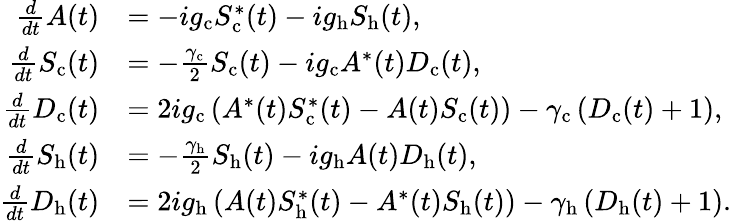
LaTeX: \begin{array}{rl}{\frac{d}{dt}A(t)}&{=-ig_{\mathrm{c}}S_{\mathrm{c}}^{*}(t)-ig_{\mathrm{h}}S_{\mathrm{h}}(t),}\\ {\frac{d}{dt}S_{\mathrm{c}}(t)}&{=-\frac{\gamma_{\mathrm{c}}}{2}S_{\mathrm{c}}(t)-ig_{\mathrm{c}}A^{*}(t)D_{\mathrm{c}}(t),}\\ {\frac{d}{dt}D_{\mathrm{c}}(t)}&{=2ig_{\mathrm{c}}\left(A^{*}(t)S_{\mathrm{c}}^{*}(t)-A(t)S_{\mathrm{c}}(t)\right)-\gamma_{\mathrm{c}}\left(D_{\mathrm{c}}(t)+1\right),}\\ {\frac{d}{dt}S_{\mathrm{h}}(t)}&{=-\frac{\gamma_{\mathrm{h}}}{2}S_{\mathrm{h}}(t)-ig_{\mathrm{h}}A(t)D_{\mathrm{h}}(t),}\\ {\frac{d}{dt}D_{\mathrm{h}}(t)}&{=2ig_{\mathrm{h}}\left(A(t)S_{\mathrm{h}}^{*}(t)-A^{*}(t)S_{\mathrm{h}}(t)\right)-\gamma_{\mathrm{h}}\left(D_{\mathrm{h}}(t)+1\right).}\end{array}